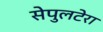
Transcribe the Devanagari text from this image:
सेपुलटेरा